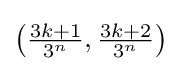
{\textstyle \left({\frac {3k+1}{3^{n}}},{\frac {3k+2}{3^{n}}}\right)}